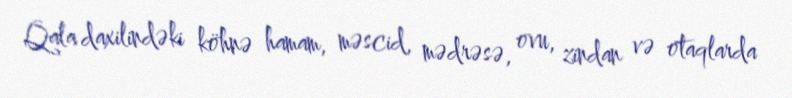
Qala daxilindəki köhnə hamam, məscid, mədrəsə, ovu, zindan və otaqlarda